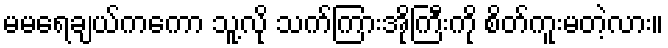
မမရေချယ်ကကော သူ့လို သက်ကြားအိုကြီးကို စိတ်ကူးမတဲ့လား။